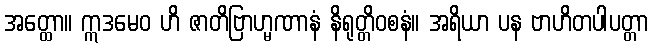
အတ္ထော။ ဣဒမေဝ ဟိ ဇာတိဗြာဟ္မဏာနံ နိရုတ္တိဝစနံ။ အရိယာ ပန ဗာဟိတပါပတ္တာ